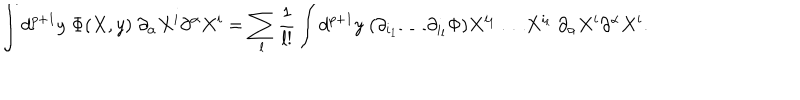
\int d ^ { p + 1 } y \; \Phi ( X , y ) \; \partial _ { \alpha } X ^ { i } \partial ^ { \alpha } X ^ { i } = \sum _ { l } { \frac { 1 } { l ! } } \int d ^ { p + 1 } y \; ( \partial _ { i _ { 1 } } \dots \partial _ { i _ { l } } \Phi ) X ^ { i _ { 1 } } \dots X ^ { i _ { l } } \; \partial _ { \alpha } X ^ { i } \partial ^ { \alpha } X ^ { i } .